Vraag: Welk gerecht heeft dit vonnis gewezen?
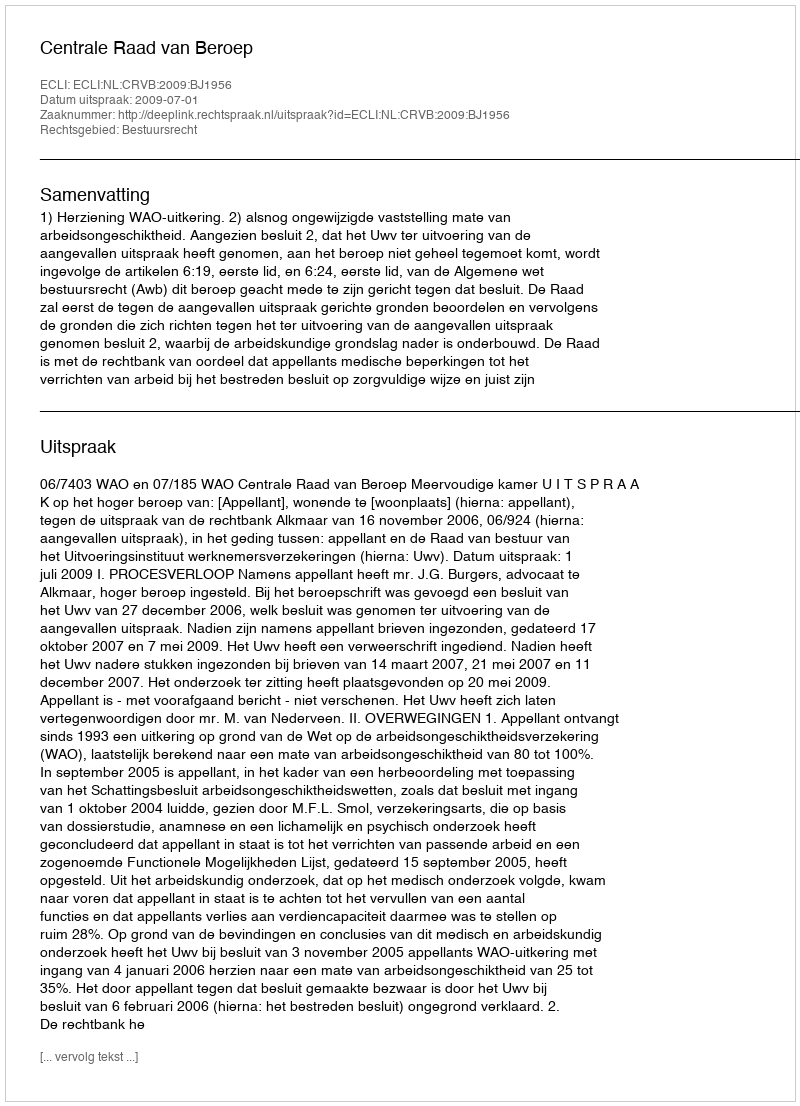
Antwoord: Centrale Raad van Beroep